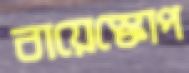
বায়েস্কোপ